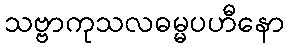
သဗ္ဗာကုသလဓမ္မပဟီနော